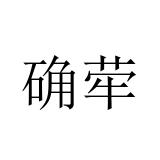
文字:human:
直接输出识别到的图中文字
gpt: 确荦